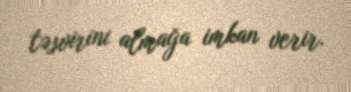
təsvirini almağa imkan verir.